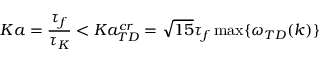
K a = \frac { \tau _ { f } } { \tau _ { K } } < K a _ { T D } ^ { c r } = \sqrt { 1 5 } \tau _ { f } \operatorname* { m a x } \{ \omega _ { T D } ( k ) \}